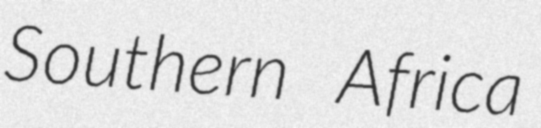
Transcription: Southern Africa